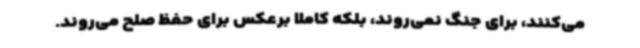
می‌کنند، برای جنگ نمی‌روند، بلکه کاملاً برعکس برای حفظ صلح می‌روند.